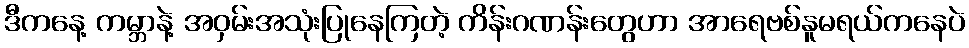
ဒီကနေ့ ကမ္ဘာနဲ့ အဝှမ်းအသုံးပြုနေကြတဲ့ ကိန်းဂဏန်းတွေဟာ အာရေဗစ်နူမရယ်ကနေပဲ